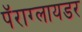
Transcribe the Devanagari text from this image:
पॅराग्लायडर